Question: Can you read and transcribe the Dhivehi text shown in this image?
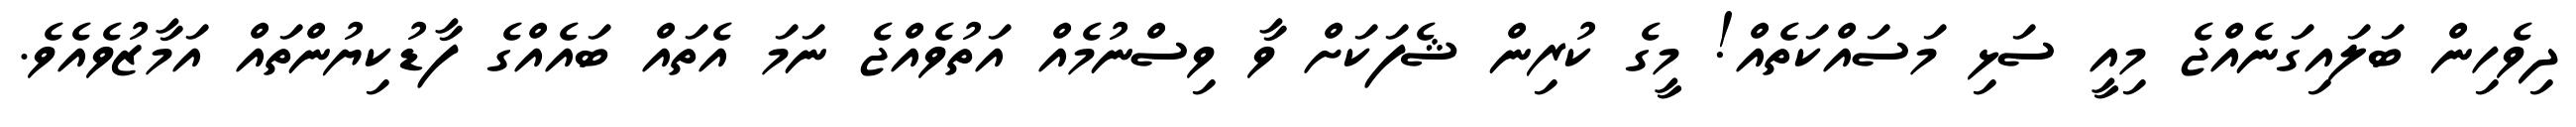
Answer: ދިވެހިން ބަލައިގަނެއްޖެ މިއީ ސަޅި މަސައްކަތެއް! މީގެ ކުރިން ޝެފަކަށް ވާ ވިސްނުމެއް އަތުވެއްޖެ ނަމަ އެތައް ބައެއްގެ ފާޑުކިޔުންތައް އަމާޒުވެއެވެ.